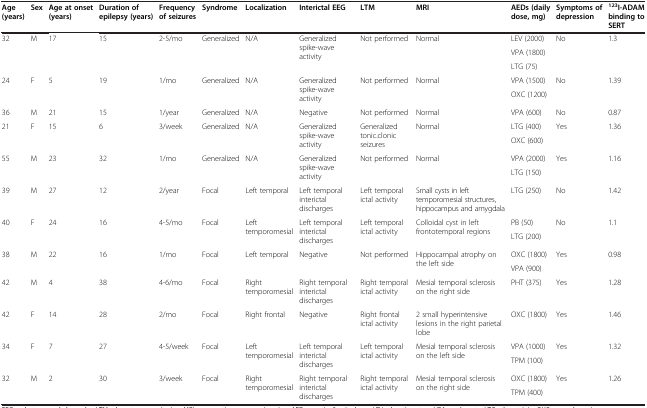
<table><thead><tr><td><b>Age (years)</b></td><td><b>Sex</b></td><td><b>Age at onset (years)</b></td><td><b>Duration of epilepsy (years)</b></td><td><b>Frequency of seizures</b></td><td><b>Syndrome</b></td><td><b>Localization</b></td><td><b>Interictal EEG</b></td><td><b>LTM</b></td><td><b>MRI</b></td><td><b>AEDs (daily dose, mg)</b></td><td><b>Symptoms of depression</b></td><td><b><sup>123</sup>I-ADAM binding to SERT</b></td></tr></thead><tbody><tr><td rowspan="3">32</td><td rowspan="3">M</td><td rowspan="3">17</td><td rowspan="3">15</td><td rowspan="3">2-5/mo</td><td rowspan="3">Generalized</td><td rowspan="3">N/A</td><td rowspan="3">Generalized spike-wave activity</td><td rowspan="3">Not performed</td><td rowspan="3">Normal</td><td>LEV (2000)</td><td rowspan="3">No</td><td rowspan="3">1.3</td></tr><tr><td>VPA (1800)</td></tr><tr><td>LTG (75)</td></tr><tr><td rowspan="2">24</td><td rowspan="2">F</td><td rowspan="2">5</td><td rowspan="2">19</td><td rowspan="2">1/mo</td><td rowspan="2">Generalized</td><td rowspan="2">N/A</td><td rowspan="2">Generalized spike-wave activity</td><td rowspan="2">Not performed</td><td rowspan="2">Normal</td><td>VPA (1500)</td><td rowspan="2">No</td><td rowspan="2">1.39</td></tr><tr><td>OXC (1200)</td></tr><tr><td>36</td><td>M</td><td>21</td><td>15</td><td>1/year</td><td>Generalized</td><td>N/A</td><td>Negative</td><td>Not performed</td><td>Normal</td><td>VPA (600)</td><td>No</td><td>0.87</td></tr><tr><td rowspan="2">21</td><td rowspan="2">F</td><td rowspan="2">15</td><td rowspan="2">6</td><td rowspan="2">3/week</td><td rowspan="2">Generalized</td><td rowspan="2">N/A</td><td rowspan="2">Generalized spike-wave activity</td><td rowspan="2">Generalized tonic.clonic seizures</td><td rowspan="2">Normal</td><td>LTG (400)</td><td rowspan="2">Yes</td><td rowspan="2">1.36</td></tr><tr><td>OXC (600)</td></tr><tr><td rowspan="2">55</td><td rowspan="2">M</td><td rowspan="2">23</td><td rowspan="2">32</td><td rowspan="2">1/mo</td><td rowspan="2">Generalized</td><td rowspan="2">N/A</td><td rowspan="2">Generalized spike-wave activity</td><td rowspan="2">Not performed</td><td rowspan="2">Normal</td><td>VPA (2000)</td><td rowspan="2">Yes</td><td rowspan="2">1.16</td></tr><tr><td>LTG (150)</td></tr><tr><td>39</td><td>M</td><td>27</td><td>12</td><td>2/year</td><td>Focal</td><td>Left temporal</td><td>Left temporal interictal discharges</td><td>Left temporal ictal activity</td><td>Small cysts in left temporomesial structures, hippocampus and amygdala</td><td>LTG (250)</td><td>No</td><td>1.42</td></tr><tr><td rowspan="2">40</td><td rowspan="2">F</td><td rowspan="2">24</td><td rowspan="2">16</td><td rowspan="2">4-5/mo</td><td rowspan="2">Focal</td><td rowspan="2">Left temporomesial</td><td rowspan="2">Left temporal interictal discharges</td><td rowspan="2">Left temporal ictal activity</td><td rowspan="2">Colloidal cyst in left frontotemporal regions</td><td>PB (50)</td><td rowspan="2">No</td><td rowspan="2">1.1</td></tr><tr><td>LTG (200)</td></tr><tr><td rowspan="2">38</td><td rowspan="2">M</td><td rowspan="2">22</td><td rowspan="2">16</td><td rowspan="2">1/mo</td><td rowspan="2">Focal</td><td rowspan="2">Left temporal</td><td rowspan="2">Negative</td><td rowspan="2">Not performed</td><td rowspan="2">Hippocampal atrophy on the left side</td><td>OXC (1800)</td><td rowspan="2">Yes</td><td rowspan="2">0.98</td></tr><tr><td>VPA (900)</td></tr><tr><td>42</td><td>M</td><td>4</td><td>38</td><td>4-6/mo</td><td>Focal</td><td>Right temporomesial</td><td>Right temporal interictal discharges</td><td>Right temporal ictal activity</td><td>Mesial temporal sclerosis on the right side</td><td>PHT (375)</td><td>Yes</td><td>1.28</td></tr><tr><td>42</td><td>F</td><td>14</td><td>28</td><td>2/mo</td><td>Focal</td><td>Right frontal</td><td>Negative</td><td>Right frontal ictal activity</td><td>2 small hyperintensive lesions in the right parietal lobe</td><td>OXC (1800)</td><td>Yes</td><td>1.46</td></tr><tr><td rowspan="2">34</td><td rowspan="2">F</td><td rowspan="2">7</td><td rowspan="2">27</td><td rowspan="2">4-5/week</td><td rowspan="2">Focal</td><td rowspan="2">Left temporomesial</td><td rowspan="2">Left temporal interictal discharges</td><td rowspan="2">Left temporal ictal activity</td><td rowspan="2">Mesial temporal sclerosis on the left side</td><td>VPA (1000)</td><td rowspan="2">Yes</td><td rowspan="2">1.32</td></tr><tr><td>TPM (100)</td></tr><tr><td>32</td><td>M</td><td>2</td><td>30</td><td>3/week</td><td>Focal</td><td>Right temporomesial</td><td>Right temporal interictal discharges</td><td>Right temporal ictal activity</td><td>Mesial temporal sclerosis on the right side</td><td>OXC (1800)</td><td>Yes</td><td>1.26</td></tr><tr><td> </td><td> </td><td> </td><td> </td><td> </td><td> </td><td> </td><td> </td><td> </td><td> </td><td>TPM (400)</td><td> </td><td> </td></tr></tbody></table>